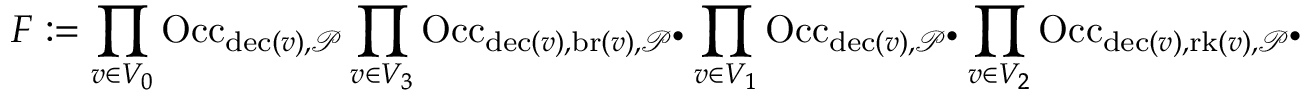
F : = \prod _ { v \in V _ { 0 } } \mathrm { O c c } _ { \mathrm { d e c } ( v ) , \mathcal { P } } \prod _ { v \in V _ { 3 } } \mathrm { O c c } _ { \mathrm { d e c } ( v ) , \mathrm { b r } ( v ) , \mathcal { P } ^ { \bullet } } \prod _ { v \in V _ { 1 } } \mathrm { O c c } _ { \mathrm { d e c } ( v ) , \mathcal { P } ^ { \bullet } } \prod _ { v \in V _ { 2 } } \mathrm { O c c } _ { \mathrm { d e c } ( v ) , \mathrm { r k } ( v ) , \mathcal { P } ^ { \bullet } }